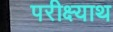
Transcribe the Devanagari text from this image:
परीक्ष्याथ